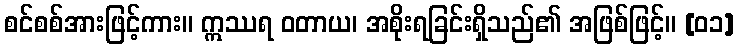
စင်စစ်အားဖြင့်ကား။ ဣဿရ ဝတာယ၊ အစိုးရခြင်းရှိသည်၏ အဖြစ်ဖြင့်။ [၀၁]